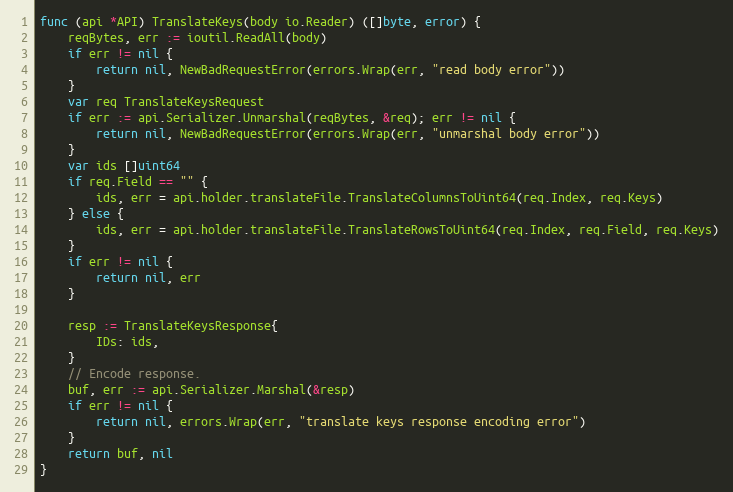
Language: Go
func (api *API) TranslateKeys(body io.Reader) ([]byte, error) {
	reqBytes, err := ioutil.ReadAll(body)
	if err != nil {
		return nil, NewBadRequestError(errors.Wrap(err, "read body error"))
	}
	var req TranslateKeysRequest
	if err := api.Serializer.Unmarshal(reqBytes, &req); err != nil {
		return nil, NewBadRequestError(errors.Wrap(err, "unmarshal body error"))
	}
	var ids []uint64
	if req.Field == "" {
		ids, err = api.holder.translateFile.TranslateColumnsToUint64(req.Index, req.Keys)
	} else {
		ids, err = api.holder.translateFile.TranslateRowsToUint64(req.Index, req.Field, req.Keys)
	}
	if err != nil {
		return nil, err
	}

	resp := TranslateKeysResponse{
		IDs: ids,
	}
	// Encode response.
	buf, err := api.Serializer.Marshal(&resp)
	if err != nil {
		return nil, errors.Wrap(err, "translate keys response encoding error")
	}
	return buf, nil
}